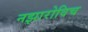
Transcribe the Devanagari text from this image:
नझारोविच